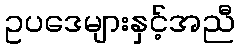
ဥပဒေများနှင့်အညီ